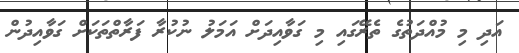
އަދި މި މުއްދަތުގެ ތެރޭގައި މި ގަވާއިދަށް އަމަލު ނުކުރާ ފަރާތްތަކަށް ގަވާއިދުން